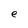
Character: e